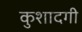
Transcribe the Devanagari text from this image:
कुशादगी